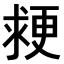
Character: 𭱉